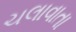
ચલાવાતા